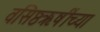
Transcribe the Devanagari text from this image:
वसिष्ठऋषींच्या